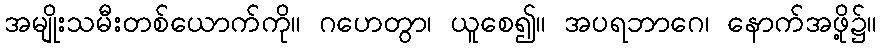
အမျိုးသမီးတစ်ယောက်ကို။ ဂဟေတွာ၊ ယူစေ၍။ အပရဘာဂေ၊ နောက်အဖို့၌။